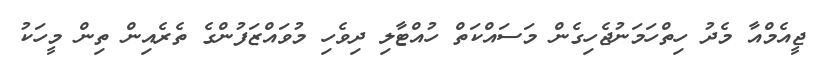
ޖީއެމްއާ މެދު ހިތްހަމަނުޖެހިގެން މަސައްކަތް ހުއްޓާލި ދިވެހި މުވައްޒަފުންގެ ތެރެއިން ތިން މީހަކު